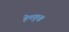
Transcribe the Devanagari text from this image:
हेमकुञ्ज